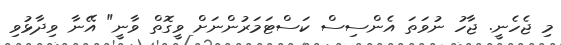
މި ޖެހެނީ. ޖާހު ނުވަތަ އެންސިސް ކަސްޓަމަރުންނަށް ވީގޮތް ވާނީ" އޭނާ ވިދާޅުވި